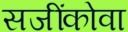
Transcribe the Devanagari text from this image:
सजींकोवा